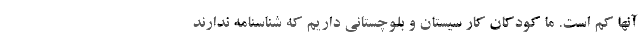
آنها کم است. ما کودکان کار سیستان و بلوچستانی داریم که شناسنامه ندارند